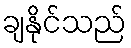
ချနိုင်သည်